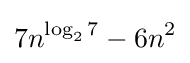
7n^{\log _{2}7}-6n^{2}